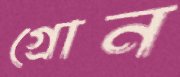
গ্রোন